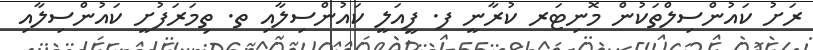
ރަށު ކައުންސިލްތަކުން މޮނިޓަރ ކުރާނީ ފ. ފީއަލީ ކައުންސިލާއި ތ. ތިމަރަފުށީ ކައުންސިލާއި